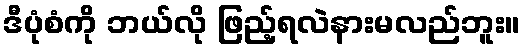
ဒီပုံစံကို ဘယ်လို ဖြည့်ရလဲနားမလည်ဘူး။